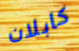
كابلان